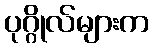
ပုဂ္ဂိုလ်များက